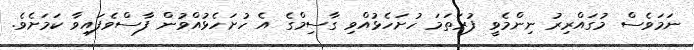
ނަމަވެސް މުގައްރިރު ނިންމެވީ ފުރަތަމަ ހުށަހެޅުއްވި ގާސިމްގެ އެ ހުށަހެޅުއްވުން ފާސްވެފައިވާ ކަމަށެވެ.